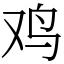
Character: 鸡